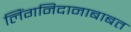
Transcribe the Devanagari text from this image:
लिंगनिदानाबाबत